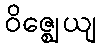
ဝိဇ္ဈေယျ